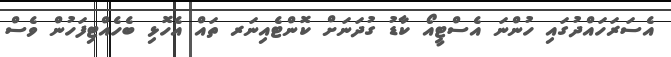
އެސަރަހައްދުގައި ހުންނަ އެސްޓީއޯ ކާޑު ގުދަނަށް ކޮންޓެއިނަރ ތައް އެހޮޅި ބެހެއްޓިފަހުން ވެސް